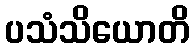
ပသံသိယောတိ